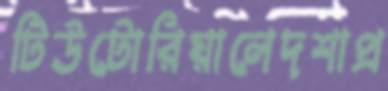
টিউটোরিয়ালেদশাপ্র